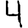
Digit: 4